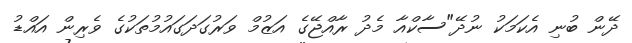
ދޭން ބުނި އެކަމަކު ނުދޭ"ސާކްއާ މެދު ރާއްޖޭގެ އަޒުމް ވަރުގަދަގައުމުތަކުގެ ވެރިން އައްޑު